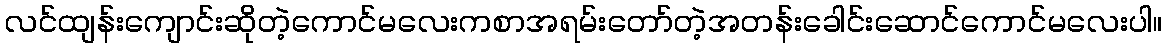
လင်ထျန်းကျောင်းဆိုတဲ့ကောင်မလေးကစာအရမ်းတော်တဲ့အတန်းခေါင်းဆောင်ကောင်မလေးပါ။